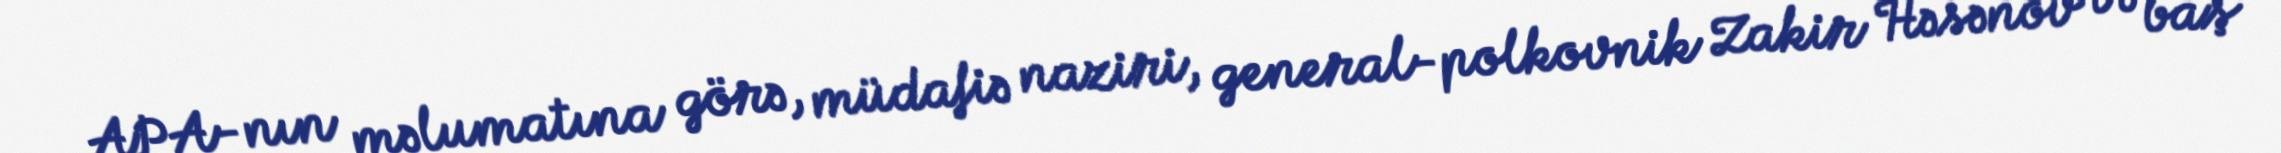
APA-nın məlumatına görə, müdafiə naziri, general-polkovnik Zakir Həsənov və baş